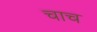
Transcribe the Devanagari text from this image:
चाच